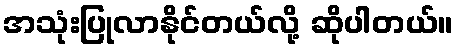
အသုံးပြုလာနိုင်တယ်လို့ ဆိုပါတယ်။